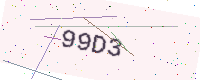
Text: 99D3